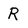
Character: R